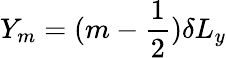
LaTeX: Y_{m}=(m-\frac{1}{2})\delta L_{y}